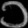
Digit: ၁